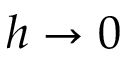
h \rightarrow 0